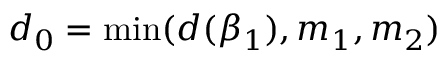
d _ { 0 } = \operatorname* { m i n } ( d ( \beta _ { 1 } ) , m _ { 1 } , m _ { 2 } )